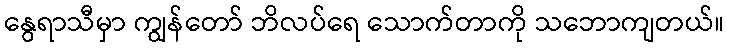
နွေရာသီမှာ ကျွန်တော် ဘိလပ်ရေ သောက်တာကို သဘောကျတယ်။